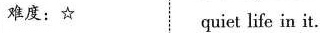
难度:☆ quiet life in it.